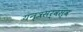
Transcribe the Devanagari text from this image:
यन्त्रसर्वस्व